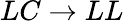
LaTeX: LC\to LL